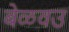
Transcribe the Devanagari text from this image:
बेळवउ